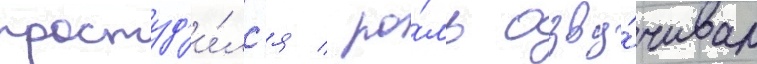
простуд'и́лс'я / ро́ль озву́чивал